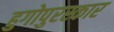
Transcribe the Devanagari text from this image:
हुगोपुरस्कार